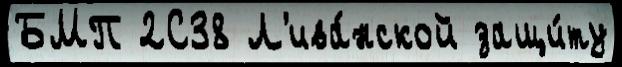
БМП 2С38 Л'ива́нской защи́ту